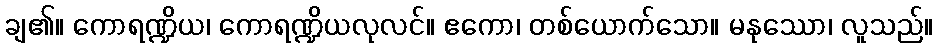
ချ၏။ ကောရဏ္ဍိယ၊ ကောရဏ္ဍိယလုလင်။ ဧကော၊ တစ်ယောက်သော။ မနုဿော၊ လူသည်။